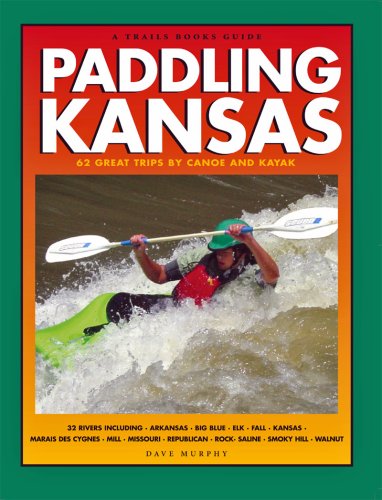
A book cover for Trails Books Guide Paddling Kansas; Dave Murphy; Travel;